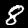
Digit: 8